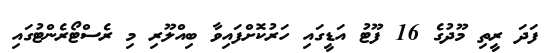
ފަދަ ރީތި މޫދުގެ 16 ފޫޓު އަޑީގައި ހަރުކޮށްފައިވާ ބިއްލޫރި މި ރެސްޓޯރެންޓުގައި